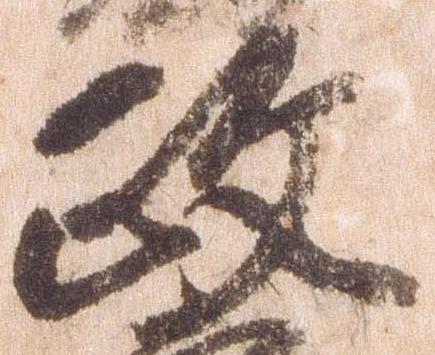
政